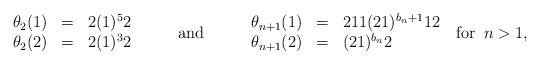
LaTeX: \begin{align*}\begin{array}{rcl}\theta_2(1) &= & 2(1)^52 \\\theta_2(2) &= & 2(1)^32\end{array}& \textrm{\; \; \; \; and\; \; \; \; }\begin{array}{rcl}\theta_{n+1}(1) &=& 211(21)^{b_n+1}12 \\\theta_{n+1}(2) &=& (21)^{b_n}2\end{array} \; \; \textrm{for\, } n > 1,\end{align*}